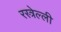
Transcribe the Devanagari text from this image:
रस्त्रेल्ली